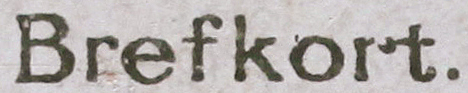
Brefkort